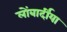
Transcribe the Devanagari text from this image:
लोंबार्दीया